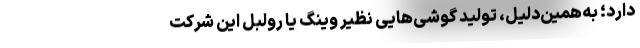
دارد؛ به‌همین‌دلیل، تولید گوشی‌هایی نظیر وینگ یا رولبل این شرکت‌